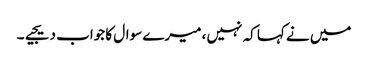
میں نے کہا کہ نہیں ، میرے سوال کا جواب دیجیے۔